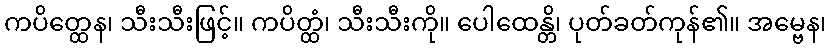
ကပိတ္ထေန၊ သီးသီးဖြင့်။ ကပိတ္ထံ၊ သီးသီးကို။ ပေါထေန္တိ၊ ပုတ်ခတ်ကုန်၏။ အမ္ဗေန၊